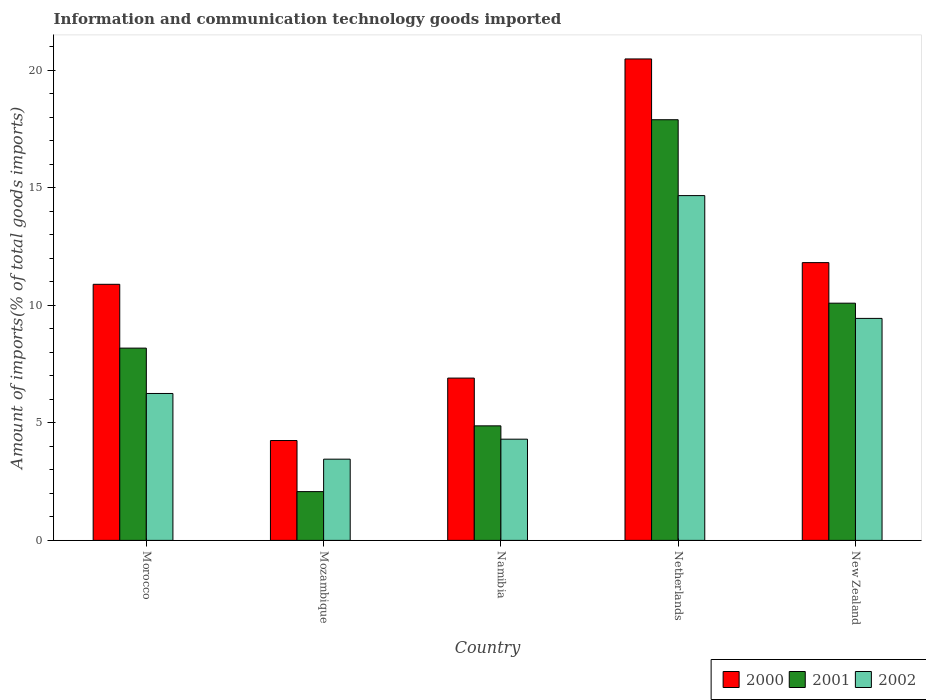
| Country | 2000 | 2001 | 2002 |
 | --- | --- | --- | --- |
 | Morocco | 10.9 | 8.18 | 6.25 |
 | Mozambique | 4.25 | 2.08 | 3.46 |
 | Namibia | 6.91 | 4.87 | 4.31 |
 | Netherlands | 20.5 | 17.9 | 14.7 |
 | New Zealand | 11.8 | 10.1 | 9.45 |